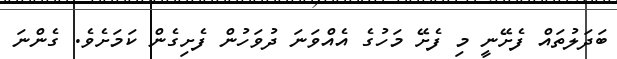
ބަދަލުތައް ފެށޭނީ މި ފެށޭ މަހުގެ އެއްވަނަ ދުވަހުން ފެށިގެން ކަމަށެވެ. ގެންނަ